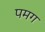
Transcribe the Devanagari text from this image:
पमग